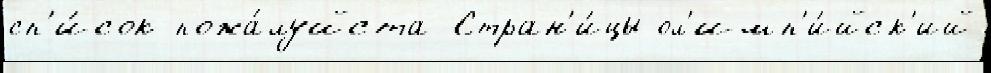
сп'и́сок пожа́луйста Стран'и́цы ол'имп'и́йск'ий